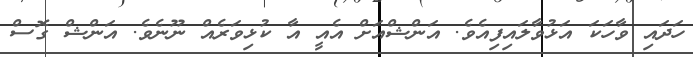
ހަދައި ވާހަކަ އަޅުވާލައިފިއެވެ. އަންޝްއަށް އެއީ އާ ކުޅިވަރެއް ނޫނެވެ. އަންޝް ގޮސް